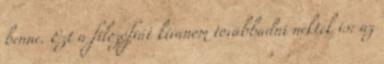
benne. Ezt a filozófiát kívánom továbbadni nektek is: az